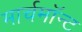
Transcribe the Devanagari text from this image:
मार्चमाॅन्ट